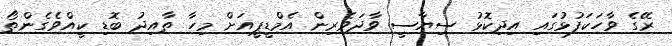
ރޭގެ ވާހަކަފުޅުގައި އިދިކޮޅު ސިޔާސީ ވާދަވެރިން އެމްޑީޕީއަށް މިހާ ތާއިދު ބޮޑި ކީއްވެގެންތޯ